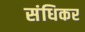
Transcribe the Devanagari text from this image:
संधिकर